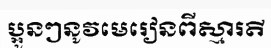
ប្អូនៗនូវមេរៀនពីស្មារតី